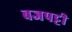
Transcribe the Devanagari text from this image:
बजपट्टी